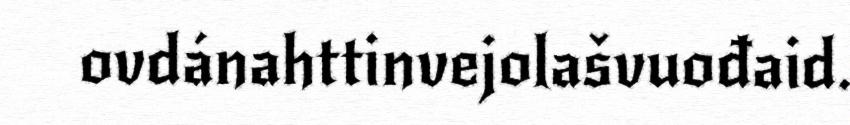
ovdánahttinvejolašvuođaid.